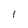
Character: 1